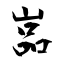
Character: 嵓